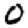
Digit: 0